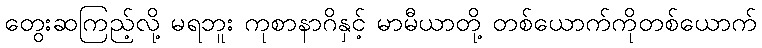
တွေးဆကြည့်လို့ မရဘူး ကုစာနာဂိနှင့် မာမီယာတို့ တစ်ယောက်ကိုတစ်ယောက်